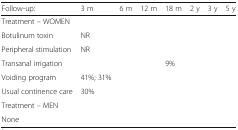
| Follow-up: | 3 m | 6 m | 12 m | 18 m | 2 y | 3 y | 5 y |
 | --- | --- | --- | --- | --- | --- | --- | --- |
 | <COLSPAN=8> Treatment – WOMEN |
 | Botulinum toxin | NR |  |  |  |  |  |  |
 | Peripheral stimulation | NR |  |  |  |  |  |  |
 | Transanal irrigation |  |  |  | 9% |  |  |  |
 | Voiding program | 41%; 31% |  |  |  |  |  |  |
 | Usual continence care | 30% |  |  |  |  |  |  |
 | <COLSPAN=8> Treatment – MEN |
 | None |  |  |  |  |  |  |  |